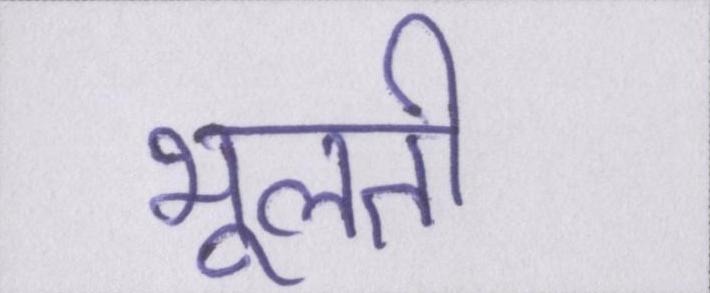
भूलती